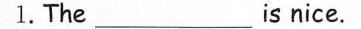
1.The___ is nice.